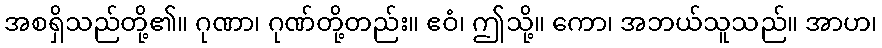
အစရှိသည်တို့၏။ ဂုဏာ၊ ဂုဏ်တို့တည်း။ ဧဝံ၊ ဤသို့။ ကော၊ အဘယ်သူသည်။ အာဟ၊